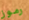
رموز